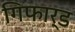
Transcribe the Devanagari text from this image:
गिफार्ड